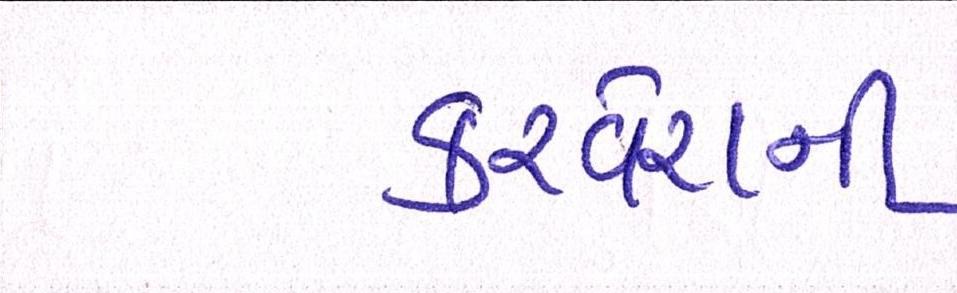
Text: કરવેરાની